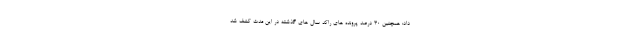
داد: همچنین ۳۰ درصد پرونده های راکد سال های گذشته در این مدت کشف شد